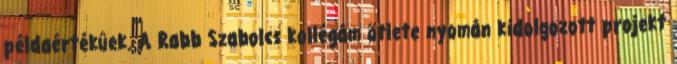
példaértékûek. A Rabb Szabolcs kollégám ötlete nyomán kidolgozott projekt